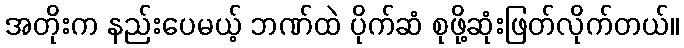
အတိုးက နည်းပေမယ့် ဘဏ်ထဲ ပိုက်ဆံ စုဖို့ဆုံးဖြတ်လိုက်တယ်။